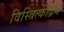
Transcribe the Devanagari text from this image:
विस्त्रित्केंद्रिय